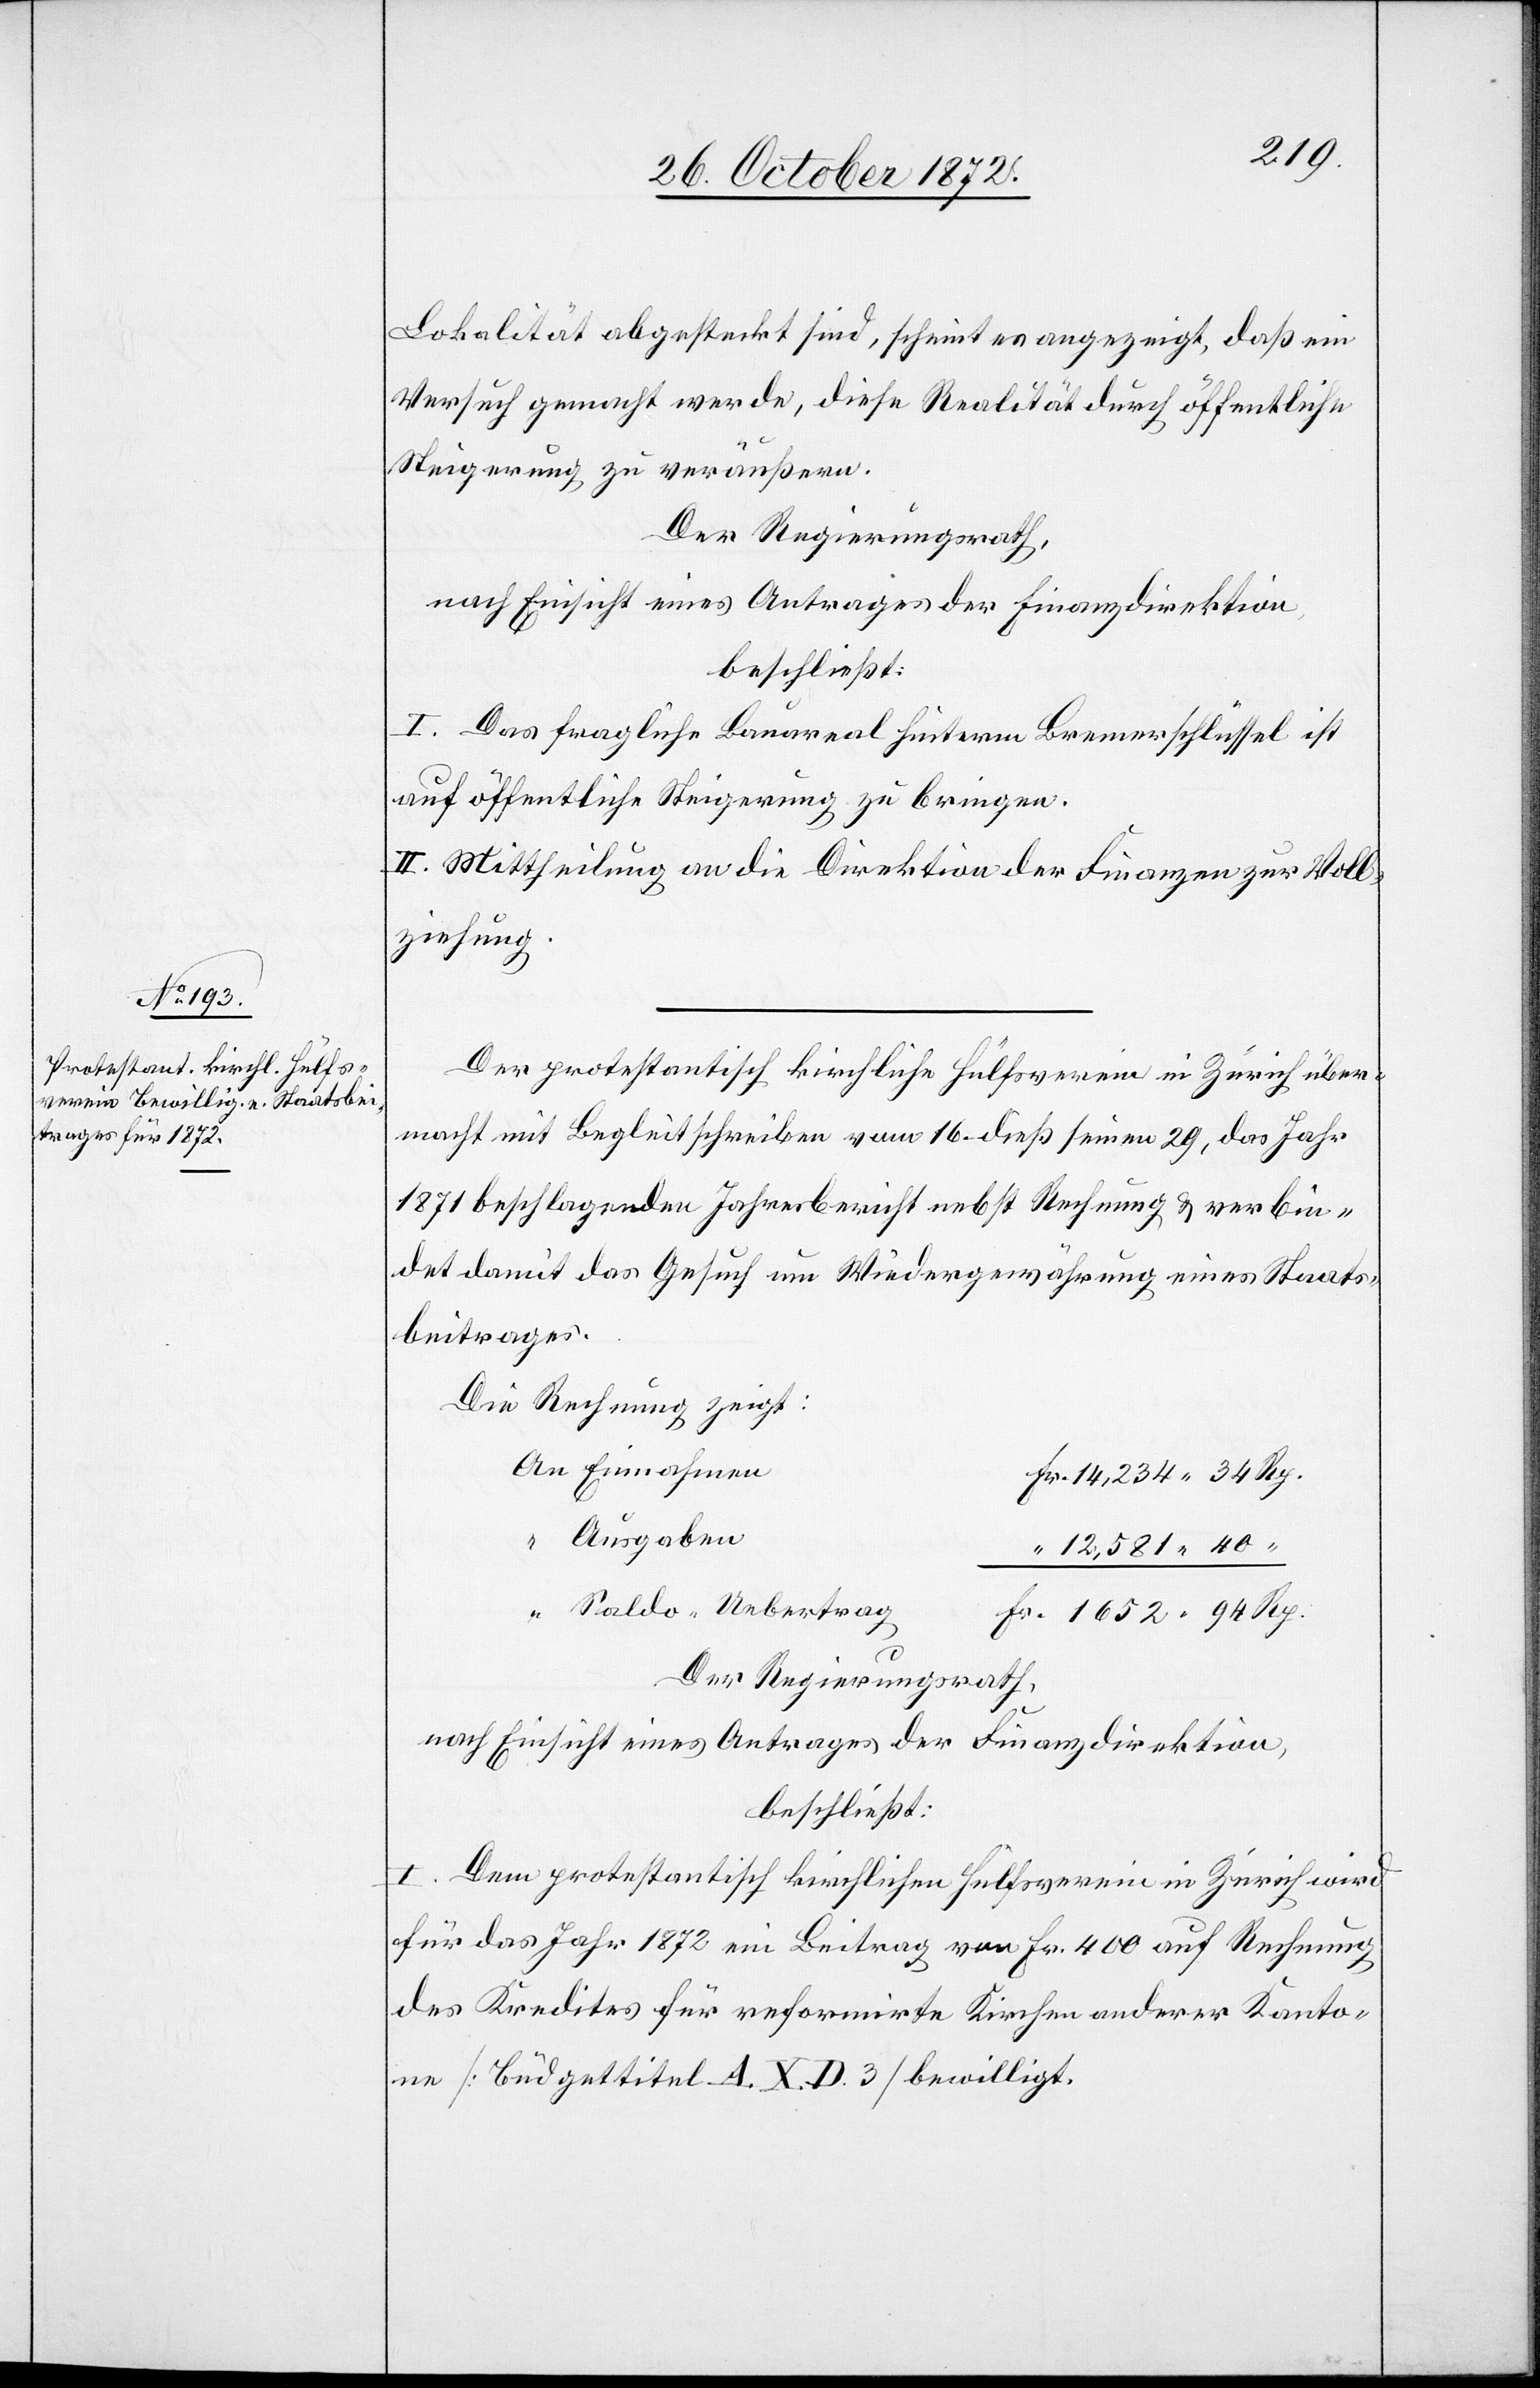
Lokalität abgesteckt sind, scheint es angezeigt, daß ein
Versuch gemacht werde, diese Realität durch öffentliche
Steigerung zu veräußern.
Der Regierungsrath,
nach Einsicht eines Antrages der Finanzdirektion,
beschließt:
I. Das fragliche Bauareal hinterm Bremerschlüssel ist
auf öffentliche Steigerung zu bringen.
II. Mittheilung an die Direktion der Finanzen zur Voll¬
ziehung.